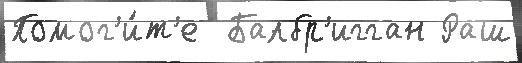
Помог'и́т'е  Балбр'игган Раш